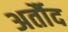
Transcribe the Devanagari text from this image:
अर्तौद